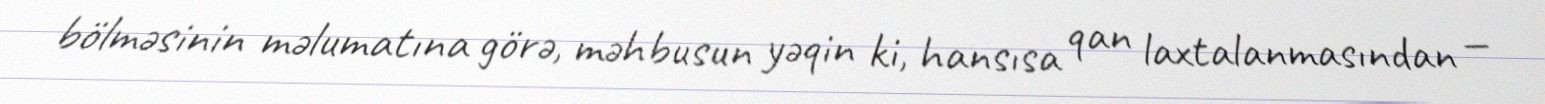
bölməsinin məlumatına görə, məhbusun yəqin ki, hansısa qan laxtalanmasından —